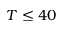
T \le 4 0